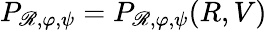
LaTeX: P_{\mathscr{R},\varphi,\psi}=P_{\mathscr{R},\varphi,\psi}(R,V)